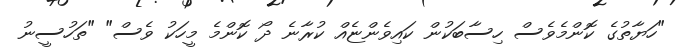
"ހަޔާތުގެ ކޮންމެވެސް ހިސާބަކުން ކައިވެންޏެއް ކުރާނެ ދޯ ކޮންމެ މީހަކު ވެސް" "ތަހުސީނު